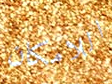
اللامكان